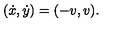
( \dot { x } , \dot { y } ) = ( - v , v ) .